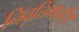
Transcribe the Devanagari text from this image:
निवृत्तिमार्गी।